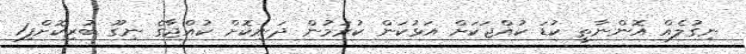
ނިގުލެއް އޮންނާތީ ކުޑަ ކުއްޖަކަށް އަޅުކަން ކުރަމުން ދަނިކޮށް ކުއްޖާގެ ނިގޫ ބުރިކޮށްފި1